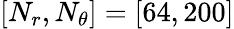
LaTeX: \left[N_{r},N_{\theta}\right]=\left[64,200\right]